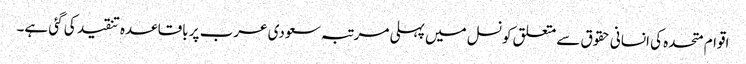
اقوام متحدہ کی انسانی حقوق سے متعلق کونسل میں پہلی مرتبہ سعودی عرب پر باقاعدہ تنقید کی گئی ہے۔